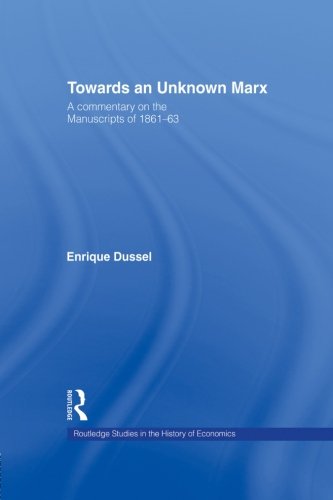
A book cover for Towards An Unknown Marx: A Commentary on the Manuscripts of 1861-63 (Routledge Studies in the History of Economics); Enrique Dussel; Business & Money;